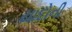
યાદોની